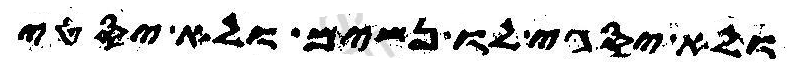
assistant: ולא יסגי לוה נשים ולא יסטי